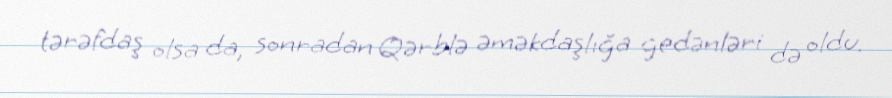
tərəfdaş olsa da, sonradan Qərblə əməkdaşlığa gedənləri də oldu.